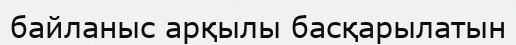
байланыс арқылы басқарылатын